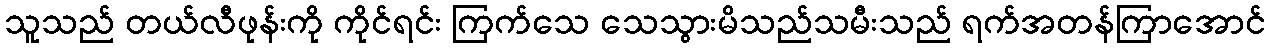
သူသည် တယ်လီဖုန်းကို ကိုင်ရင်း ကြက်သေ သေသွားမိသည်သမီးသည် ရက်အတန်ကြာအောင်